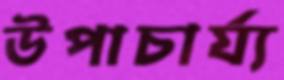
উপাচার্য্য